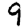
Digit: 9